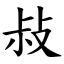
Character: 敊